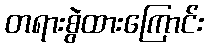
တရားစွဲထားကြောင်း